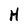
Character: H